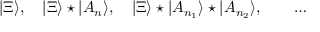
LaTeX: | \Xi \rangle , ~ ~ ~ | \Xi \rangle \star | A _ { n } \rangle , ~ ~ ~ | \Xi \rangle \star | A _ { n _ { 1 } } \rangle \star | A _ { n _ { 2 } } \rangle , \qquad \dots